Report on the bubonic plague in Bombay, 1896-1897
Year: 1896
Disease focus: Plague
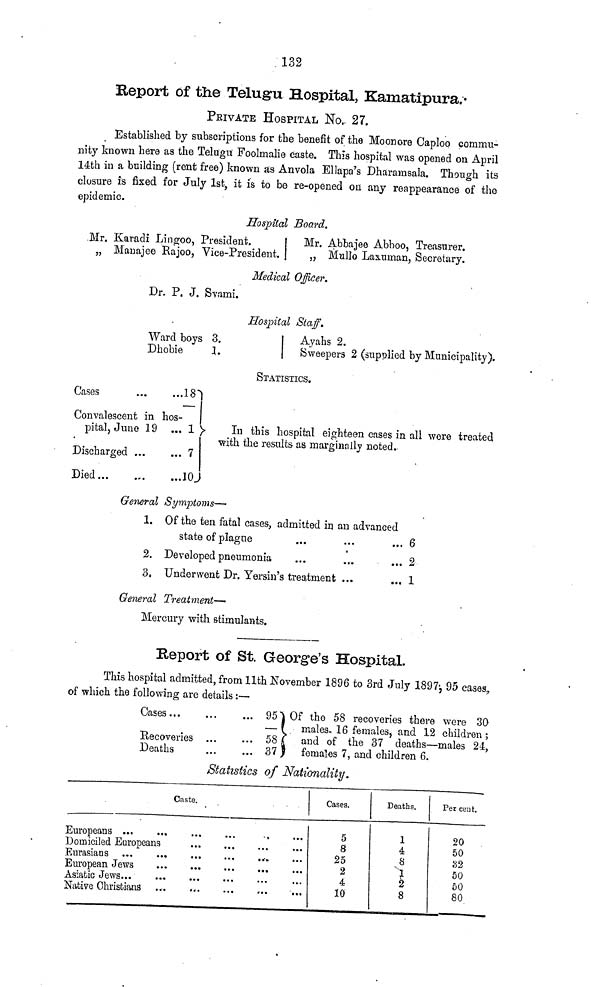
132
Report of the Telugu Hospital, Kamatipura.
PRIVATE HOSPITAL No. 27.
Established by subscriptions for the benefit of the Moonore Caploo commu-
nity known here as the Telugu Foolmalie caste. Tills hospital was opened on April
14th in a building (rent free) known as Anvola Ellapa's Dharamsala. Though its
closure is fixed for July 1st, it is to be re-opened on any reappearance of the
epidemic.
Hospital Board.
Mr. Karadi Lingoo, President.
„ Mauajee Rajoo, Vice-President.
Mr. Abbajee Abboo, Treasurer.
„ Mullo Laxuman, Secretary.
Medical Officer.
Dr. P. J. Svami.
Hospital Staff.
Ward boys 3.
Dhobie
1.
Ayahs 2.
Sweepers 2 (supplied by Municipality).
STATISTICS.
Cases
...
...18
Convalescent in hos-
pital, June 19 ... 1
Discharged ...
... 7
Died
...
...
10
In this hospital eighteen cases in all were
with the results as marginally noted.
treated
General Symptoms—
1. Of the ten fatal cases, admitted in an advanced
state of plague ...
2. Developed pneumonia
3. Underwent Dr. Yersin's treatment ...
6
2
1
General Treatment—
Mercury with stimulants.
Report of St. George's Hospital.
This hospital admitted, from 11th November 1896 to 3rd July 1897; 95 cases,
of which the following are details :—
Cases
...
...
...
95
Recoveries ...
... 58
Deaths
...
...
37
Of the 58 recoveries there were 30
males
16 females, and 12 children;
and
of the 37 deaths—males 24,
females
7, and children 6.
Statistics of Nationality.
Caste.
Europeans
...
...
...
...
Domiciled Europeans
...
...
Eurasians ... ... ... ...
European Jews
Asiatic Jews
Native Christians
... ... ... ...
Cases.
5
8
25
2
4
10
Deaths.
1
4
8
1
2
8
Per cent.
20
50
32
50
50
80